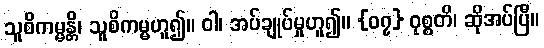
သူစိကမ္မန္တိ၊ သူစိကမ္မဟူ၍။ ဝါ၊ အပ်ချုပ်မှုဟူ၍။ {၀၇} ဝုစ္စတိ၊ ဆိုအပ်ပြီ။